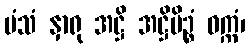
မံသံ နှာရု အဋ္ဌိ အဋ္ဌိမိဉ္စံ ဝက္ကံ၊